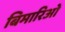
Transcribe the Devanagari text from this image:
बिमारिओं